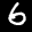
Label: 6